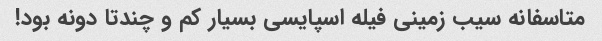
متاسفانه سیب زمینی فیله اسپایسی بسیار کم و چندتا دونه بود!